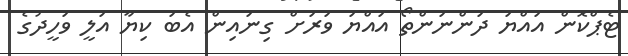
ޓެޕްކޮން އައްޔަ ދަންނަންތޯ އައްޔަ ވަރަށް ގިނައިން އެބަ ކިޔާ އަލީ ވަހީދުގެ